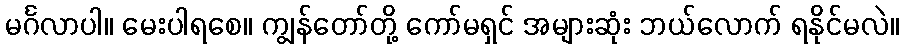
မင်္ဂလာပါ။ မေးပါရစေ။ ကျွန်တော်တို့ ကော်မရှင် အများဆုံး ဘယ်လောက် ရနိုင်မလဲ။